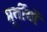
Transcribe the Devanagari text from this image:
मूर्तीयों